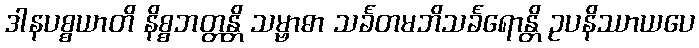
ဒါနပစ္စယာတိ နိစ္စဘတ္တန္တိ သမ္ဗာဓာ သင်္ခတမဘိသင်္ခရောန္တိ ဥပနိဿာယပေ